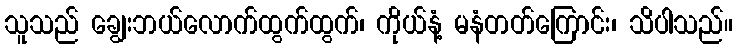
သူသည် ချွေးဘယ်လောက်ထွက်ထွက်၊ ကိုယ်နံ့ မနံတတ်ကြောင်း၊ သိပါသည်။